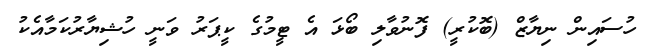
ހުސައިން ނިޔާޒް (ބޮކުރީ) ފޮނުވާލި ބޯޅަ އެ ޓީމުގެ ކީޕަރު ވަނީ ހުޝިޔާރުކަމާއެކު